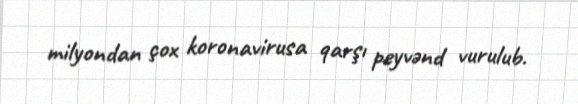
milyondan çox koronavirusa qarşı peyvənd vurulub.